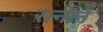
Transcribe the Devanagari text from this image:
रत्नाने